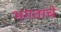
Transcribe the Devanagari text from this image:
भगताचे